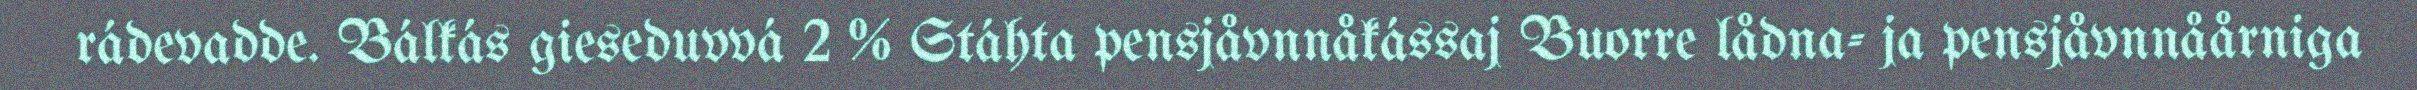
rádevadde. Bálkás gieseduvvá 2 % Stáhta pensjåvnnåkássaj Buorre lådna- ja pensjåvnnåårniga